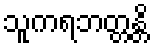
သူကရဘတ္တန္တိ